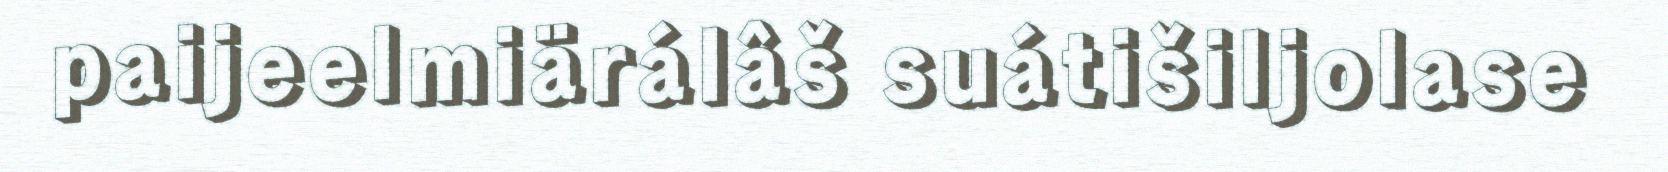
paijeelmiärálâš suátišiljolase